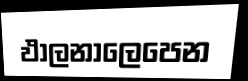
ඵාලනාලෙපෙන